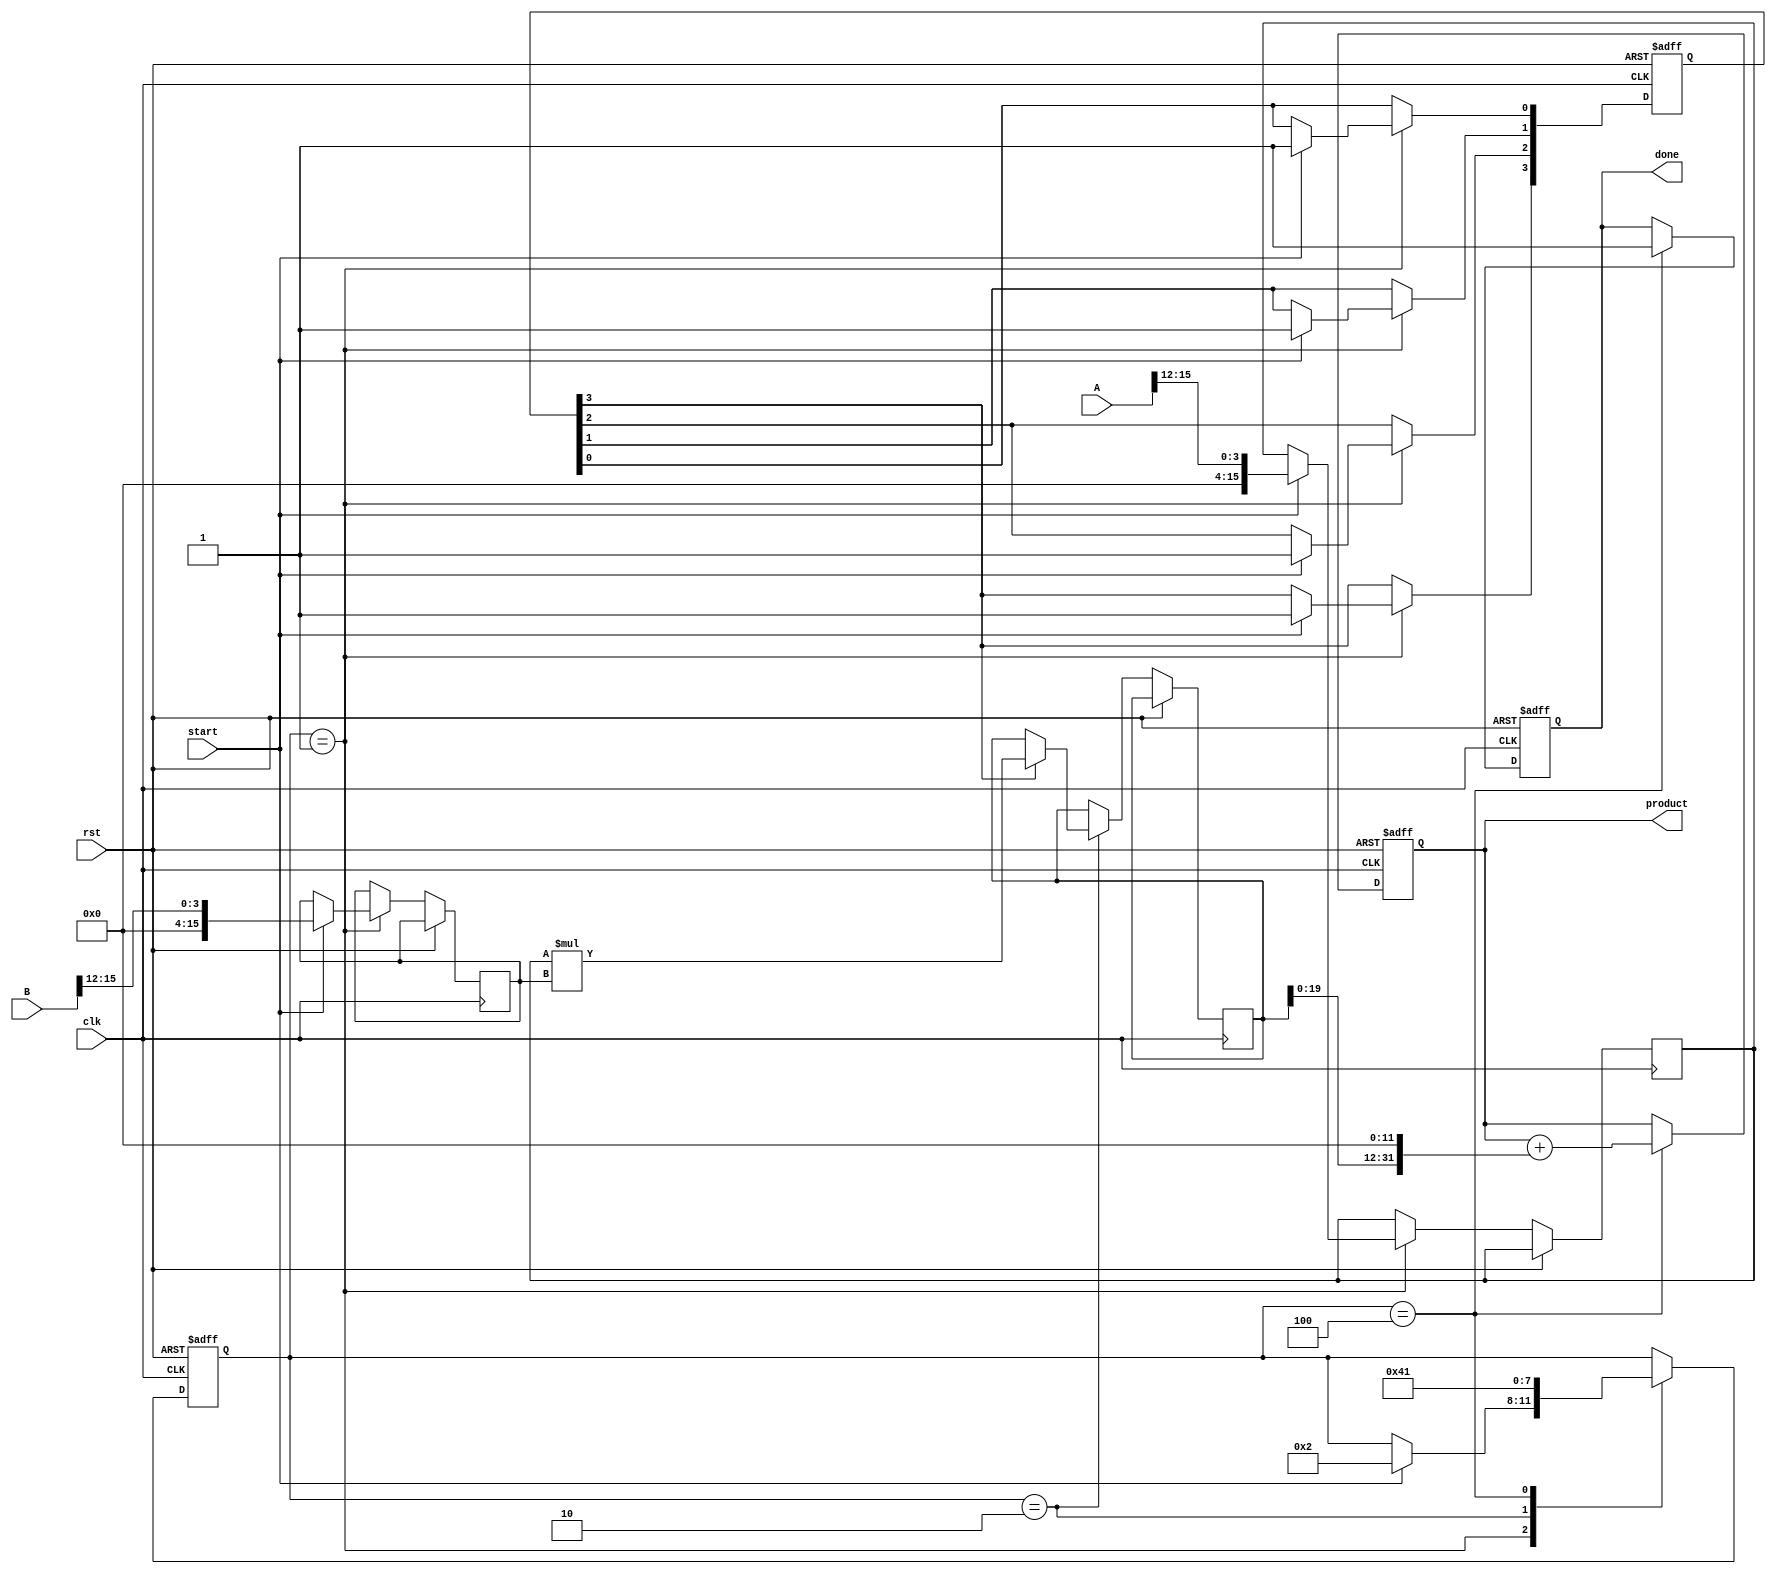
module pipelined_sliced_multiplier #(
    parameter A_WIDTH = 16, // Width of operand A
    parameter B_WIDTH = 16, // Width of operand B
    parameter SLICE_WIDTH = 4 // Width of each slice
)(
    input clk,
    input rst,
    input [A_WIDTH-1:0] A,
    input [B_WIDTH-1:0] B,
    input start,
    output reg [A_WIDTH + B_WIDTH - 1:0] product,
    output reg done
);

    localparam NUM_SLICES = (A_WIDTH + SLICE_WIDTH - 1) / SLICE_WIDTH;
    reg [A_WIDTH-1:0] A_reg [0:NUM_SLICES-1];
    reg [B_WIDTH-1:0] B_reg [0:NUM_SLICES-1];
    reg [A_WIDTH + B_WIDTH - 1:0] partial_products [0:NUM_SLICES-1];
    reg [NUM_SLICES-1:0] valid;

    integer i, j;

    // Control signals
    reg [3:0] state;
    localparam IDLE = 4'b0001, PROCESS = 4'b0010, OUTPUT = 4'b0100;

    // State machine for control
    always @(posedge clk or posedge rst) begin
        if (rst) begin
            state <= IDLE;
            done <= 0;
            product <= 0;
            for (i = 0; i < NUM_SLICES; i = i + 1) begin
                valid[i] <= 0;
            end
        end else begin
            case (state)
                IDLE: begin
                    if (start) begin
                        // Load operands into slices
                        for (i = 0; i < NUM_SLICES; i = i + 1) begin
                            A_reg[i] <= A[(i+1)*SLICE_WIDTH-1 -: SLICE_WIDTH];
                            B_reg[i] <= B[(i+1)*SLICE_WIDTH-1 -: SLICE_WIDTH];
                            valid[i] <= 1; // Mark slice as valid
                        end
                        state <= PROCESS;
                    end
                end
                PROCESS: begin
                    // Generate partial products
                    for (i = 0; i < NUM_SLICES; i = i + 1) begin
                        if (valid[i]) begin
                            partial_products[i] <= A_reg[i] * B_reg[i];
                        end
                    end
                    state <= OUTPUT;
                end
                OUTPUT: begin
                    // Accumulate partial products
                    product <= 0;
                    for (i = 0; i < NUM_SLICES; i = i + 1) begin
                        product <= product + (partial_products[i] << (i * SLICE_WIDTH));
                    end
                    done <= 1; // Indicate operation is done
                    state <= IDLE; // Go back to idle state
                end
            endcase
        end
    end

endmodule